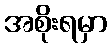
အစိုးရမှာ